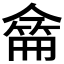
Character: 𠎚